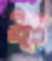
ক